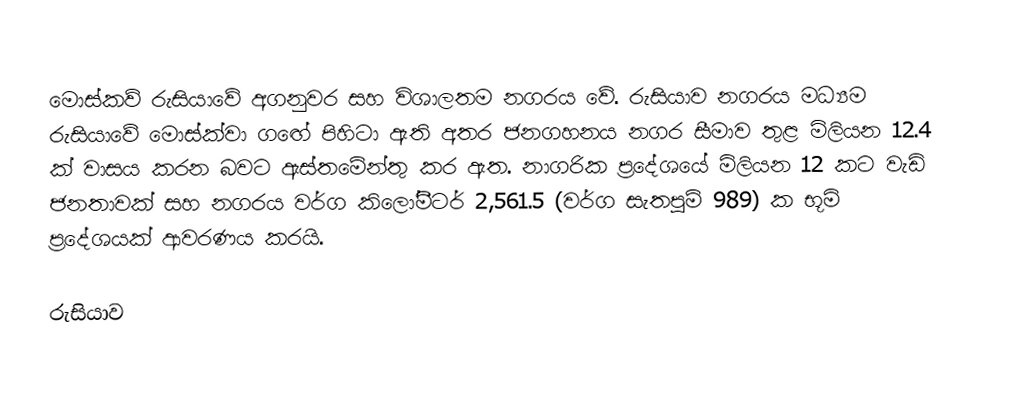
මොස්කව් රුසියාවේ අගනුවර සහ විශාලතම නගරය වේ. රුසියාව නගරය මධ්‍යම රුසියාවේ මොස්ක්වා ගඟේ පිහිටා ඇති අතර ජනගහනය නගර සීමාව තුළ මිලියන 12.4 ක් වාසය කරන බවට ඇස්තමේන්තු කර ඇත. නාගරික ප්‍රදේශයේ මිලියන 12 කට වැඩි ජනතාවක් සහ නගරය වර්ග කිලෝමීටර් 2,561.5 (වර්ග සැතපුම් 989) ක භූමි ප්‍රදේශයක් ආවරණය කරයි.

රුසියාව